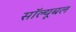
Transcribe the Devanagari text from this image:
सॉल्यूबल